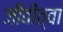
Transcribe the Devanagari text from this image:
जीवीत्वा